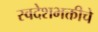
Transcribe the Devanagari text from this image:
स्वदेशभक्तीचे